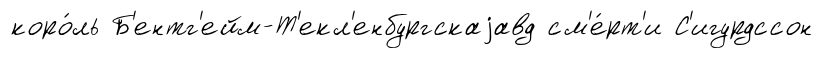
коро́ль Б'ентг'ейм-Т'екл'енбургскаjавд см'е́рт'и С'игурдссон